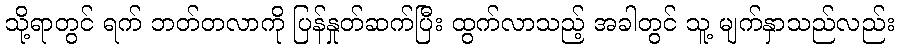
သို့ရာတွင် ရက် ဘတ်တလာကို ပြန်နှုတ်ဆက်ပြီး ထွက်လာသည့် အခါတွင် သူ့ မျက်နှာသည်လည်း